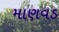
માણવડ